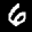
Label: 6